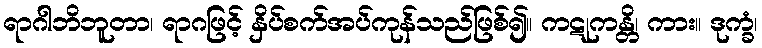
ရာဂါဘိဘူတာ၊ ရာဂဖြင့် နှိပ်စက်အပ်ကုန်သည်ဖြစ်၍။ ကဋုကန္တိ၊ ကား။ ဒုက္ခံ၊